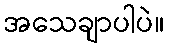
အသေချာပါပဲ။